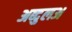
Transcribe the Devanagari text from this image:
अब्दुलअ